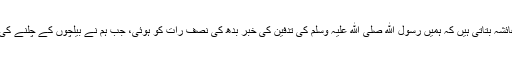
حضرت عائشہ بتاتی ہیں کہ ہمیں رسول ﷲ صلی ﷲ علیہ وسلم کی تدفین کی خبر بدھ کی نصف رات کو ہوئی، جب ہم نے بیلچوں کے چلنے کی آواز سنی۔